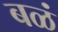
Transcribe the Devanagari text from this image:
बळं